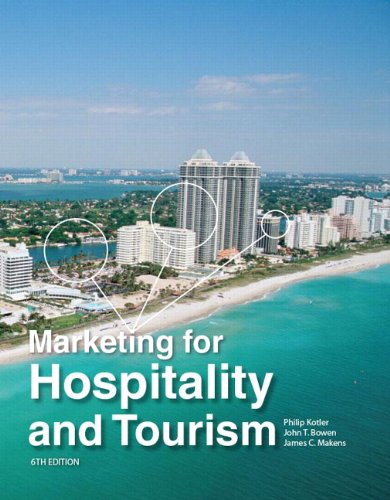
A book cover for Marketing for Hospitality and Tourism (6th Edition); Philip T Kotler; Business & Money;